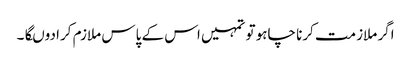
اگر ملازمت کرنا چاہو تو تمہیں اس کے پاس ملازم کرا دوںگا۔